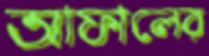
আফালের